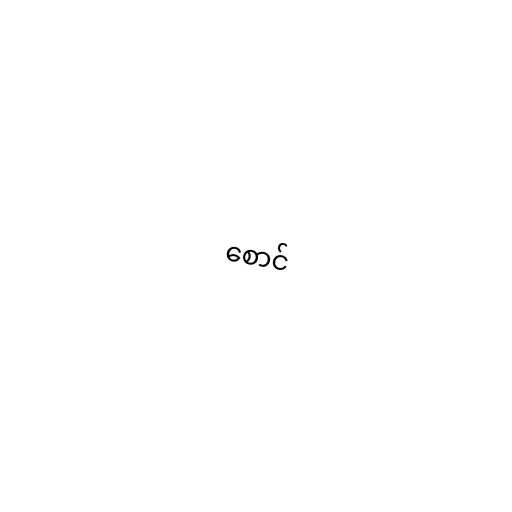
စောင်